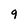
Character: q